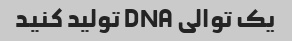
یک توالی DNA تولید کنید